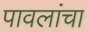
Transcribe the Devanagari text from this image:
पावलांचा